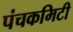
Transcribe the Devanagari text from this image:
पंचकमिटी